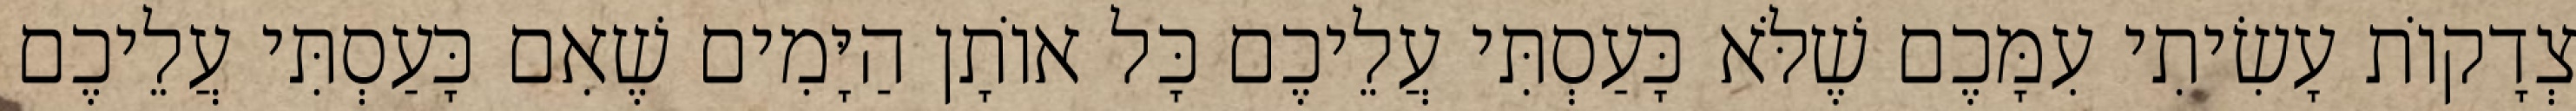
צְדָקוֹת עָשִׂיתִי עִמָּכֶם שֶׁלֹּא כָּעַסְתִּי עֲלֵיכֶם כָּל אוֹתָן הַיָּמִים שֶׁאִם כָּעַסְתִּי עֲלֵיכֶם